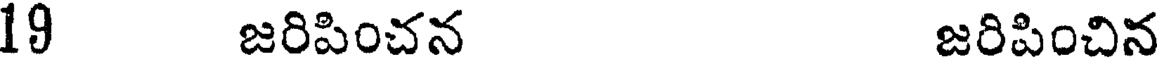
19 జరిపించన జరిపించిన